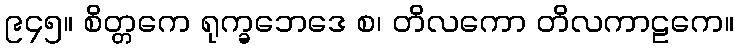
၉၄၅။ စိတ္တကေ ရုက္ခဘေဒေ စ၊ တိလကော တိလကာဠကေ။